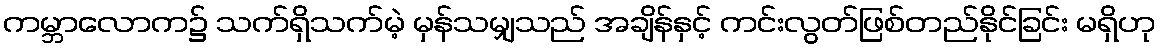
ကမ္ဘာလောက၌ သက်ရှိသက်မဲ့ မှန်သမျှသည် အချိန်နှင့် ကင်းလွတ်ဖြစ်တည်နိုင်ခြင်း မရှိဟု